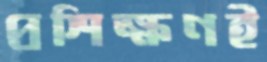
প্রশিক্ষণই